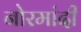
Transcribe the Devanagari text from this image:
नोरमांदी